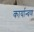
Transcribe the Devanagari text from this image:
कार्यान्वण